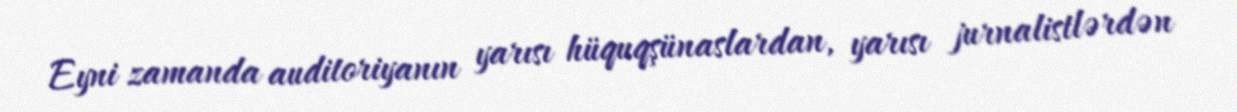
Eyni zamanda auditoriyanın yarısı hüquqşünaslardan, yarısı jurnalistlərdən